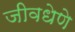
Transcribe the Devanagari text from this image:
जीवधेणे